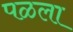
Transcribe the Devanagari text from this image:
पळला